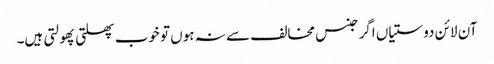
آن لائن دوستیاں اگر جنس مخالف سے نہ ہوں تو خوب پھلتی پھولتی ہیں۔